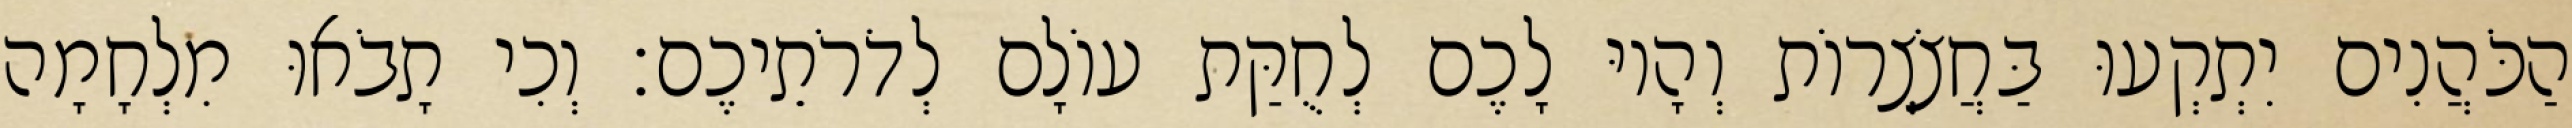
הַכֹּהֲנִים יִתְקְעוּ בַּחֲצֹצְרוֹת וְהָיוּ לָכֶם לְחֻקַּת עוֹלָם לְדֹרֹתֵיכֶם׃ וְכִי תָבֹאוּ מִלְחָמָה